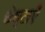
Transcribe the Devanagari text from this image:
चेष्टाऍं